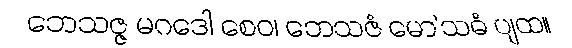
ဘေသဇ္ဇ မဂဒေါ စေဝ၊ ဘေသဇံ မော’သဓံ ပျထ။